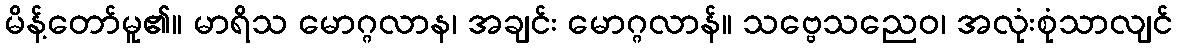
မိန့်တော်မူ၏။ မာရိသ မောဂ္ဂလာန၊ အချင်း မောဂ္ဂလာန်။ သဗ္ဗေသညေဝ၊ အလုံးစုံသာလျင်